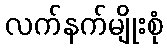
လက်နက်မျိုးစုံ